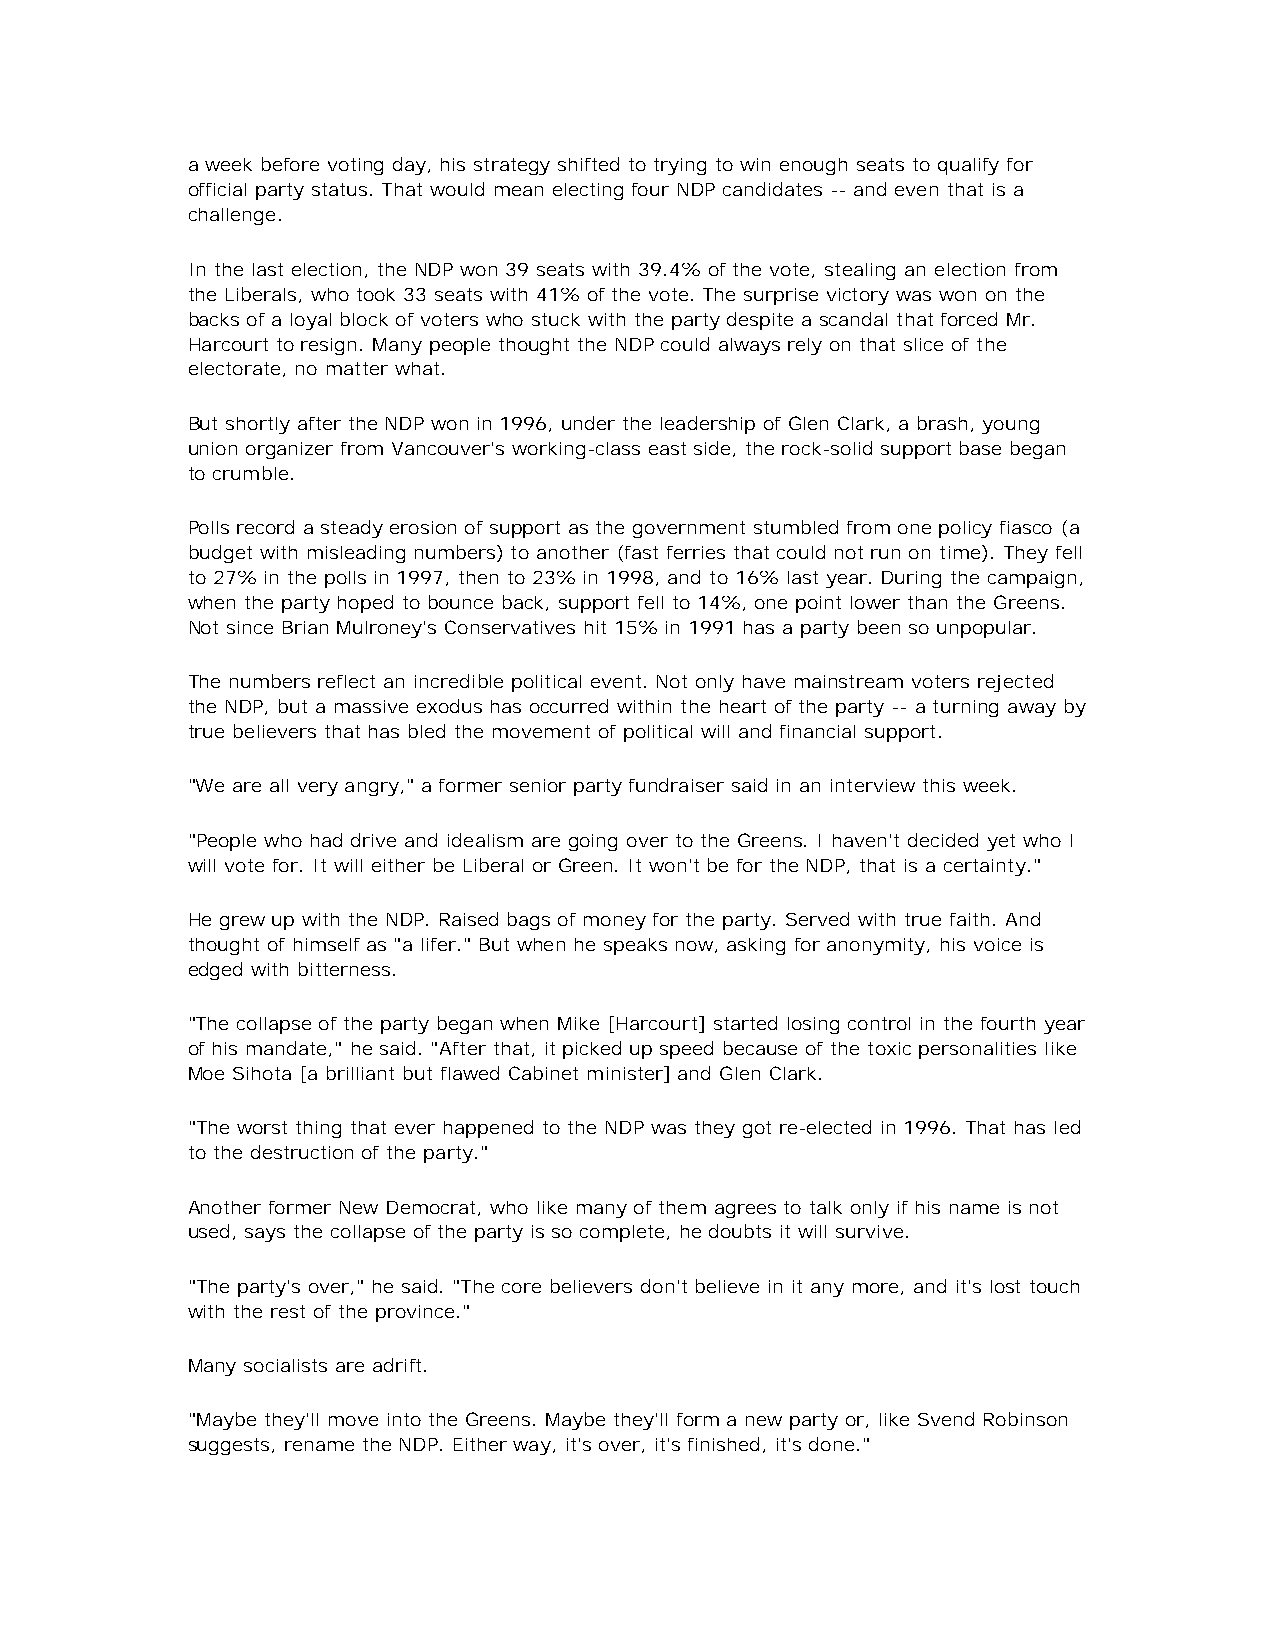
a week before voting day, his strategy shifted to trying to win enough seats to qualify for
 official party status. That would mean electing four NDP candidates -- and even that is a
 challenge.
 In the last election, the NDP won 39 seats with 39.4% of the vote, stealing an election from
 the Liberals, who took 33 seats with 41% of the vote. The surprise victory was won on the
 backs of a loyal block of voters who stuck with the party despite a scandal that forced Mr.
 Harcourt to resign. Many people thought the NDP could always rely on that slice of the
 electorate, no matter what.
 But shortly after the NDP won in 1996, under the leadership of Glen Clark, a brash, young
 union organizer from Vancouver's working-class east side, the rock-solid support base began
 to crumble.
 Polls record a steady erosion of support as the government stumbled from one policy fiasco (a
 budget with misleading numbers) to another (fast ferries that could not run on time). They fell
 to 27% in the polls in 1997, then to 23% in 1998, and to 16% last year. During the campaign,
 when the party hoped to bounce back, support fell to 14%, one point lower than the Greens.
 Not since Brian Mulroney's Conservatives hit 15% in 1991 has a party been so unpopular.
 The numbers reflect an incredible political event. Not only have mainstream voters rejected
 the NDP, but a massive exodus has occurred within the heart of the party -- a turning away by
 true believers that has bled the movement of political will and financial support.
 "We are all very angry," a former senior party fundraiser said in an interview this week.
 "People who had drive and idealism are going over to the Greens. I haven't decided yet who I
 will vote for. It will either be Liberal or Green. It won't be for the NDP, that is a certainty."
 He grew up with the NDP. Raised bags of money for the party. Served with true faith. And
 thought of himself as "a lifer." But when he speaks now, asking for anonymity, his voice is
 edged with bitterness.
 "The collapse of the party began when Mike [Harcourt] started losing control in the fourth year
 of his mandate," he said. "After that, it picked up speed because of the toxic personalities like
 Moe Sihota [a brilliant but flawed Cabinet minister] and Glen Clark.
 "The worst thing that ever happened to the NDP was they got re-elected in 1996. That has led
 to the destruction of the party."
 Another former New Democrat, who like many of them agrees to talk only if his name is not
 used, says the collapse of the party is so complete, he doubts it will survive.
 "The party's over," he said. "The core believers don't believe in it any more, and it's lost touch
 with the rest of the province."
 Many socialists are adrift.
 "Maybe they'll move into the Greens. Maybe they'll form a new party or, like Svend Robinson
 suggests, rename the NDP. Either way, it's over, it's finished, it's done."